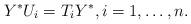
LaTeX: \begin{align*} Y^*U_i=T_iY^*,i=1,\ldots, n.\end{align*}